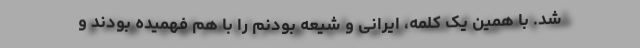
شد. با همین یک کلمه، ایرانی و شیعه بودنم را با هم فهمیده بودند و